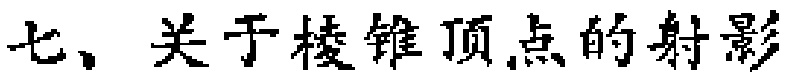
七、关于棱锥顶点的射影